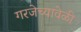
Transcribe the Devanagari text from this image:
गरजेच्यावेळी